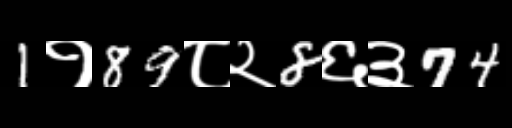
Text: 1१89८२8६३74